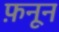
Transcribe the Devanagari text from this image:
फ़नून